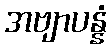
အဗျာပန္နံ